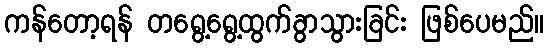
ကန်တော့ရန် တရွေ့ရွေ့ထွက်ခွာသွားခြင်း ဖြစ်ပေမည်။